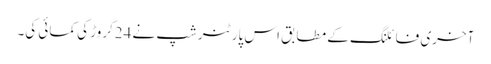
آخری فائلنگ کے مطابق اس پارٹنرشپ نے 24کروڑ کی کمائی کی۔